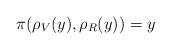
LaTeX: \begin{align*}\pi(\rho_V(y), \rho_R(y)) = y\end{align*}